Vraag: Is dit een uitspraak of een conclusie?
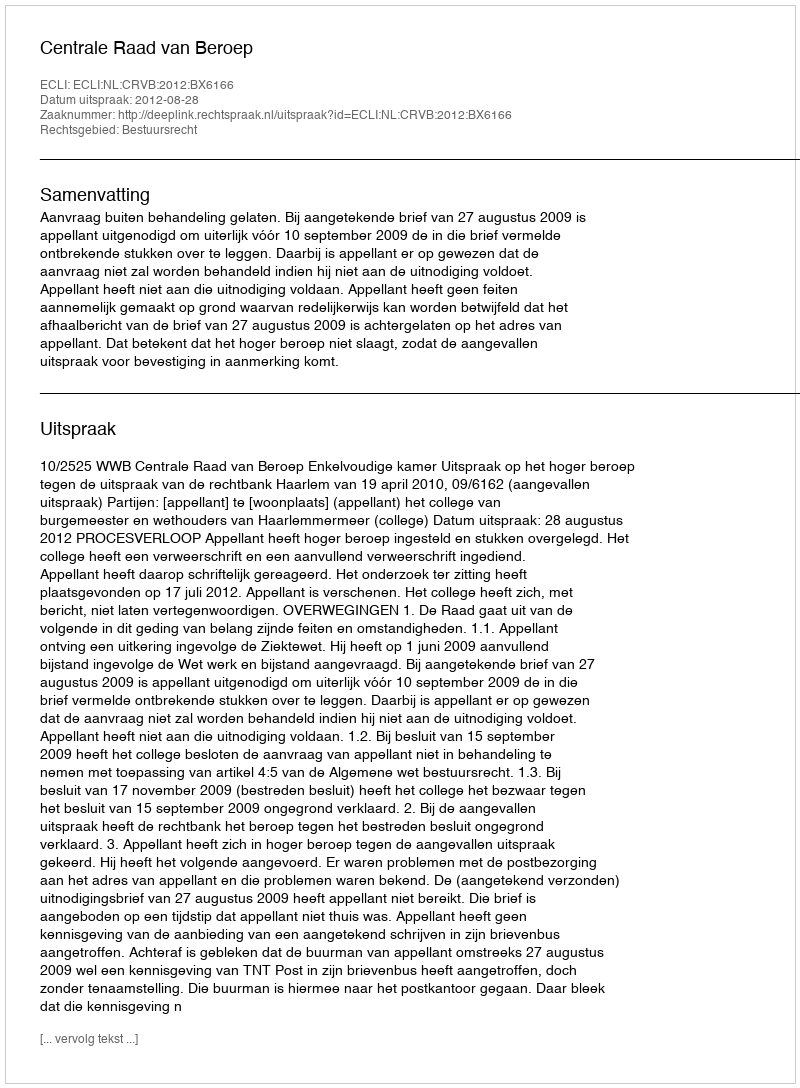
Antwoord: Uitspraak